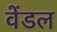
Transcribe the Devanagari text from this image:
वेंडल